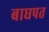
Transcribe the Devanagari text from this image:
बाघपत